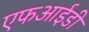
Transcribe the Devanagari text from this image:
एफआईडी